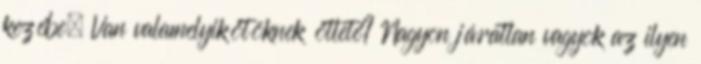
kezébe. Van valamelyikőtöknek ötlete? Nagyon járatlan vagyok az ilyen